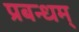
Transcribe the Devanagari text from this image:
प्रबन्धम्